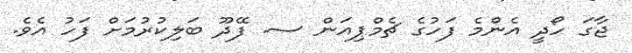
ޖާގަ ހޯދީ އެންމެ ފަހުގެ ޗެމްޕިއަން ސ. ފޭދޫ ބަލިކުރުމަށް ފަހު އެވެ.